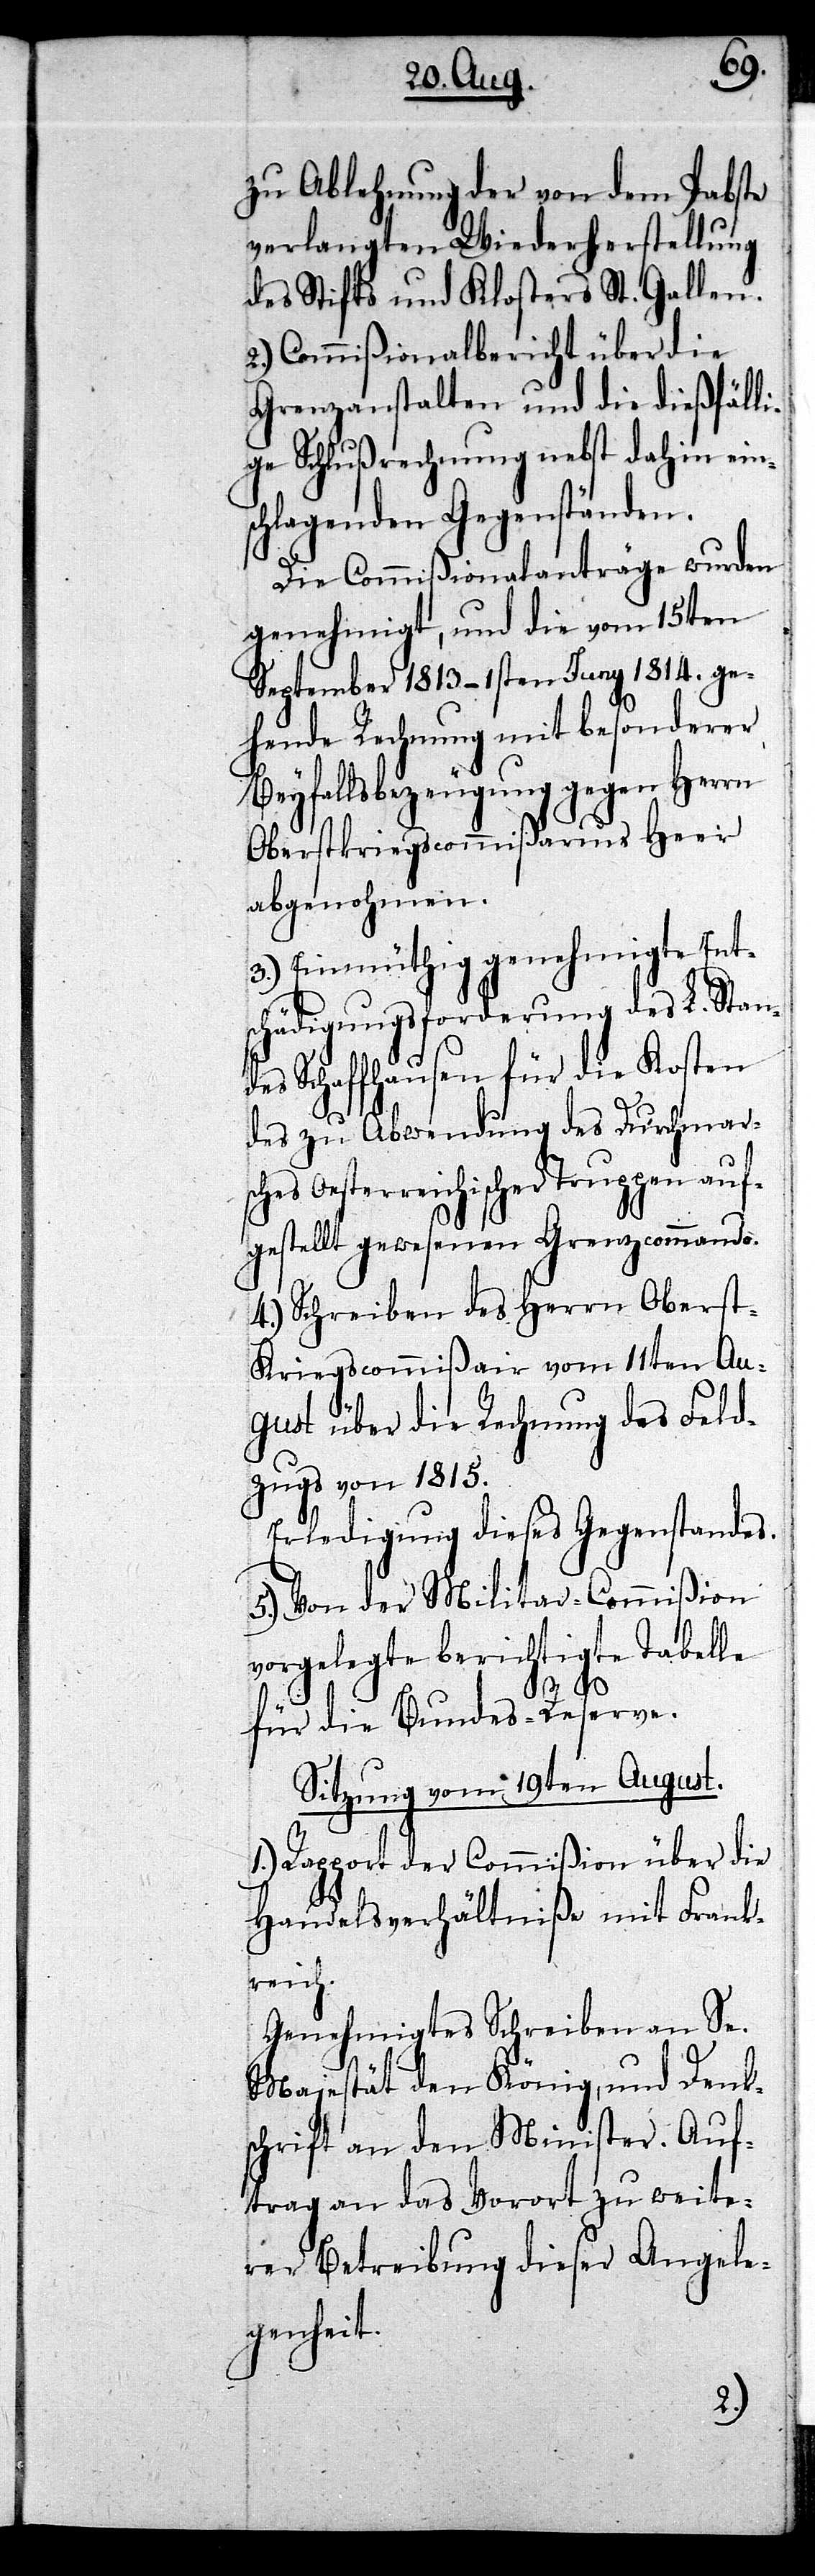
zu Ablehnung der von dem Pabste
verlangten Wiederherstellung
des Stifts und Klosters St. Gallen.
2.) Commißionalbericht über die
Grenzanstalten und die dießfälli¬
ge Schlußrechnung nebst dahin eins¬
chlagenden Gegenständen.
Die Commißionalanträge wurden
genehmigt, und die vom 15ten
September 1813 – 1sten Juny 1814. ge¬
hende Rechnung mit besonderer
Beyfallsbezeugung gegen Herrn
Oberstkriegscommißarius Heer
abgenohmen.
3.) Einmüthig genehmigte Ent¬
schädigungsforderung des L. Stan¬
des Schaffhausen für die Kosten
des zu Abwendung des Durchmars¬
Oesterreichischer Truppen auf¬
gestellt gewesenen Grenzcommando.
4.) Schreiben des Herrn Obers¬
t-Kriegscommißair vom 11ten Au¬
gust über die Rechnung des Feld¬
zugs von 1815.
Erledigung dieses Gegenstandes.
5.) Von der Militar-Commißion
vorgelegte berichtigte Tabelle
für die Bundes-Reserve.
Sitzung vom 19ten August.
1.) Rapport der Commißion über die
ches
Handelsverhältniße mit Frank¬
reich.
Genehmigtes Schreiben an Se.
Majestät den König, und Denk¬
schrift an den Minister. Auf¬
trag an das Vorort zu weite¬
rer Betreibung dieser Angele¬
genheit.